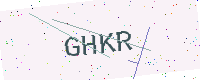
Text: GHKR